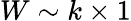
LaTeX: W\sim k\times 1